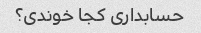
حسابداری کجا خوندی؟